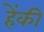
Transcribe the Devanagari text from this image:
हेंकी